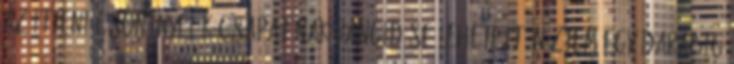
az itteni Csontnyelők csapatának rangidőse lehetett. Néztem egy darabig